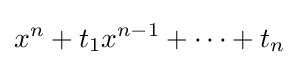
x^{n}+t_{1}x^{n-1}+\cdots +t_{n}